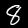
Digit: 8